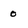
Character: 0